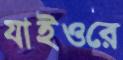
যাইওরে